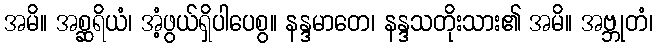
အမိ။ အစ္ဆရိယံ၊ အံ့ဖွယ်ရှိပါပေစွ။ နန္ဒမာတေ၊ နန္ဒသတိုးသား၏ အမိ။ အဗ္ဘုတံ၊